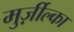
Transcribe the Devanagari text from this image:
मुर्ज़ील्का